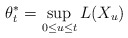
\begin{align*}\theta_{t}^{\ast}=\sup_{0\leq u\leq t}L(X_{u}) \end{align*}